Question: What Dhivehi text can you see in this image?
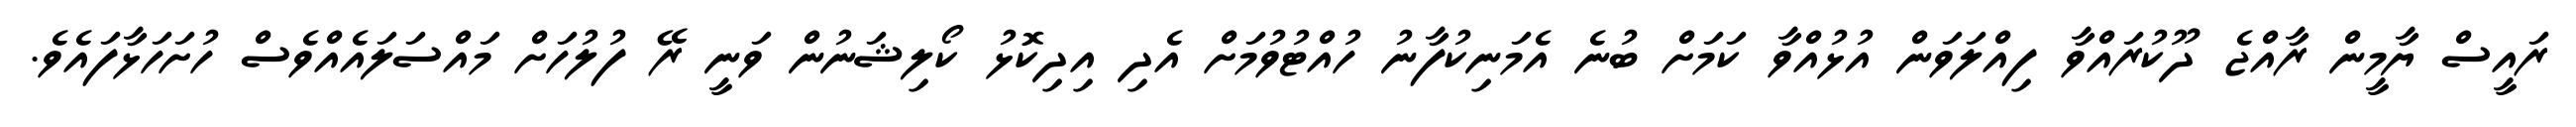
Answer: ރައީސް ޔާމީން ރާއްޖެ ދޫކުރައްވާ ފިއްލަވަން އުޅުއްވާ ކަމަށް ބުނެ އެމަނިކުފާނު ހުއްޓުވުމަށް އެދި އިދިކޮޅު ކޯލިޝަނުން ވަނީ ރޭ ފުލުހަށް މައްސަލައެއްވެސް ހުށަހަޅާފައެވެ.